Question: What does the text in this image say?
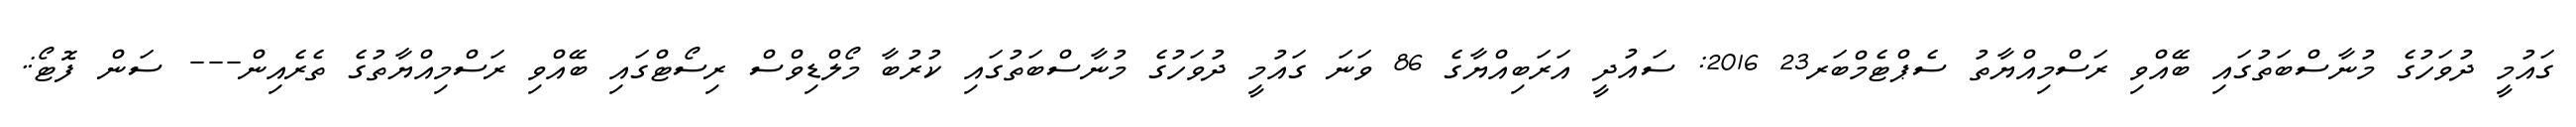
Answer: ގައުމީ ދުވަހުގެ މުނާސްބަތުގައި ބޭއްވި ރަސްމިއްޔާތު ސެޕްޓެމްބަރ23 2016: ސައުދީ އަރަބިއްޔާގެ 86 ވަނަ ގައުމީ ދުވަހުގެ މުނާސްބަތުގައި ކުރުބާ މޯލްޑިވްސް ރިސޯޓްގައި ބޭއްވި ރަސްމިއްޔާތުގެ ތެރެއިން--- ސަން ފޮޓޯ:.